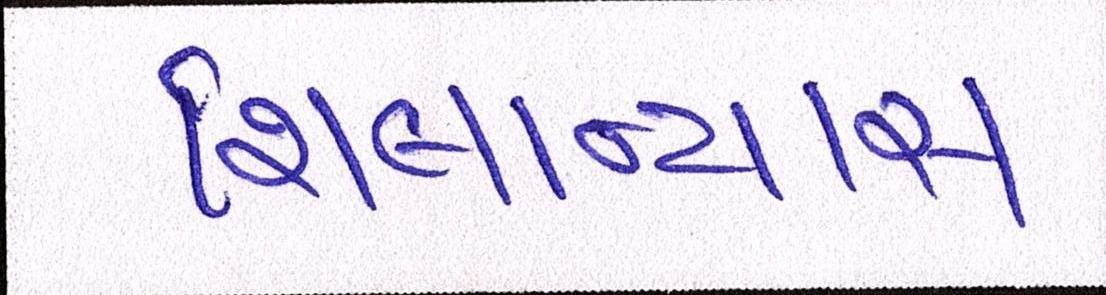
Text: શિલાન્યાસ